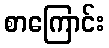
စာကြောင်း